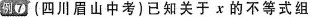
例⑦(四川眉山中考)已知关于x的不等式组